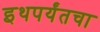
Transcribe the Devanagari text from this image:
इथपर्यंतचा